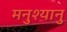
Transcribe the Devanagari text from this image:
मनुश्यानु